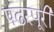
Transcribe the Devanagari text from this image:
पंढरपूरी